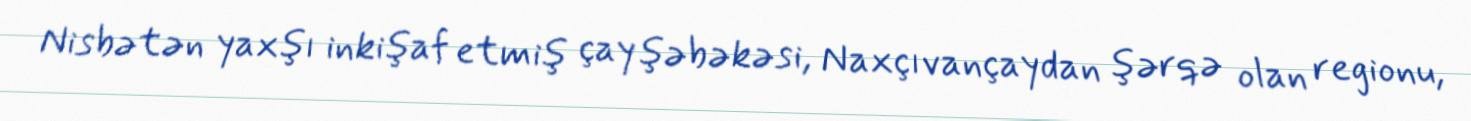
Nisbətən yaxşı inkişaf etmiş çay şəbəkəsi, Naxçıvançaydan şərqə olan regionu,